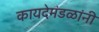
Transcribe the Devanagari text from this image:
कायदेमंडळांनी